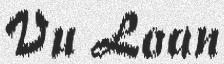
Vu Loan